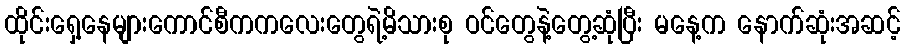
ထိုင်းရှေ့နေများကောင်စီကကလေးတွေရဲ့မိသားစု ဝင်တွေနဲ့တွေ့ဆုံပြီး မနေ့က နောက်ဆုံးအဆင့်